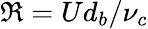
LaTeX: \Re=Ud_{b}/\nu_{c}